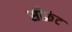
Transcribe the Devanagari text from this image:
सीफ्रंट